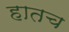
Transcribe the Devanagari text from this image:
हातच